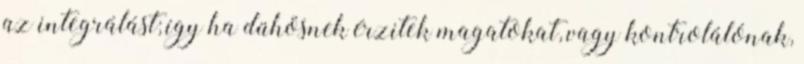
az integrálást; így ha dühösnek érzitek magatokat, vagy kontrolálónak,